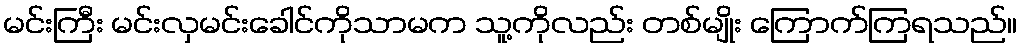
မင်းကြီး မင်းလှမင်းခေါင်ကိုသာမက သူ့ကိုလည်း တစ်မျိုး ကြောက်ကြရသည်။